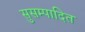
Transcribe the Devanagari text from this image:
सुसम्पादित